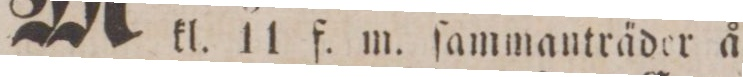
kl. 11 f. m. ſammanträder å